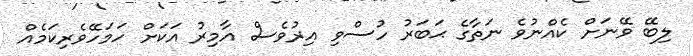
ލިބޭ ވޭނަށް ކެއްނުވެ ނަތާގެ ޙަބަރު ހުސްވި އިރުވެސް އާމިރު އަކަށް ހަމަހޭވެރިކަމެއް